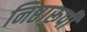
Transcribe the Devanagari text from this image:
निष्ठारूपी